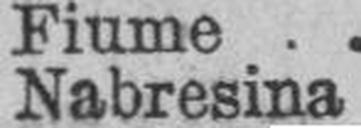
Nabresina